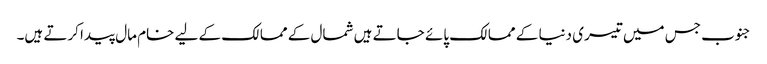
جنوب جس میں تیسری دنیا کے ممالک پائے جاتے ہیں شمال کے ممالک کے لیے خام مال پیدا کرتے ہیں۔